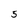
Character: 5